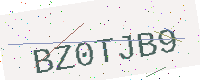
Text: BZ0TJB9